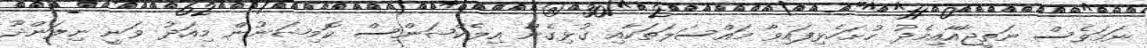
ނަމަވެސް ނަތީޖާއާއިމެދު ހުށަހެޅިފައިވާ މައްސަލަތަކާއި ގުޅިގެން އިލެކްޝަންސް ކޮމިޝަނުން މިއަދު ވަނީ ނިލަންދޫ